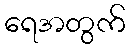
ရေအတွက်